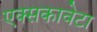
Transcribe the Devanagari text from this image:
एक्सकावेटा